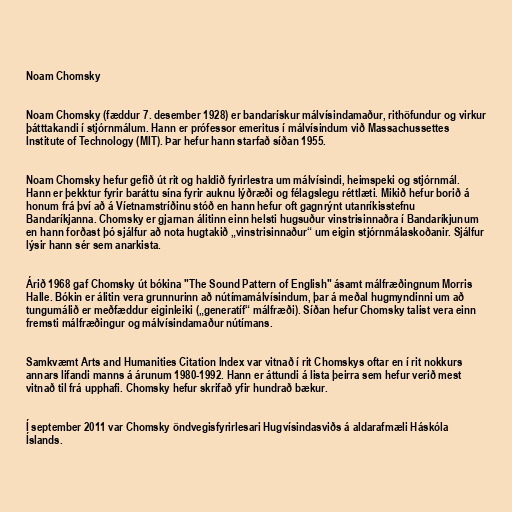
Noam Chomsky

Noam Chomsky (fæddur 7. desember 1928) er bandarískur málvísindamaður, rithöfundur og virkur
þátttakandi í stjórnmálum. Hann er prófessor emeritus í málvísindum við Massachussettes
Institute of Technology (MIT). Þar hefur hann starfað síðan 1955.

Noam Chomsky hefur gefið út rit og haldið fyrirlestra um málvísindi, heimspeki og stjórnmál.
Hann er þekktur fyrir baráttu sína fyrir auknu lýðræði og félagslegu réttlæti. Mikið hefur borið á
honum frá því að á Víetnamstríðinu stóð en hann hefur oft gagnrýnt utanríkisstefnu
Bandaríkjanna. Chomsky er gjarnan álitinn einn helsti hugsuður vinstrisinnaðra í Bandaríkjunum
en hann forðast þó sjálfur að nota hugtakið „vinstrisinnaður“ um eigin stjórnmálaskoðanir. Sjálfur
lýsir hann sér sem anarkista.

Árið 1968 gaf Chomsky út bókina "The Sound Pattern of English" ásamt málfræðingnum Morris
Halle. Bókin er álitin vera grunnurinn að nútímamálvísindum, þar á meðal hugmyndinni um að
tungumálið er meðfæddur eiginleiki („generatíf“ málfræði). Síðan hefur Chomsky talist vera einn
fremsti málfræðingur og málvísindamaður nútímans.

Samkvæmt Arts and Humanities Citation Index var vitnað í rit Chomskys oftar en í rit nokkurs
annars lifandi manns á árunum 1980-1992. Hann er áttundi á lista þeirra sem hefur verið mest
vitnað til frá upphafi. Chomsky hefur skrifað yfir hundrað bækur.

Í september 2011 var Chomsky öndvegisfyrirlesari Hugvísindasviðs á aldarafmæli Háskóla
Íslands.